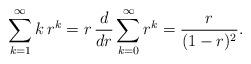
LaTeX: \begin{align*}\sum_{k=1}^\infty k\, r^k=r\,\frac{d}{dr}\sum_{k=0}^\infty r^k=\frac{r}{(1-r)^2}. \end{align*}